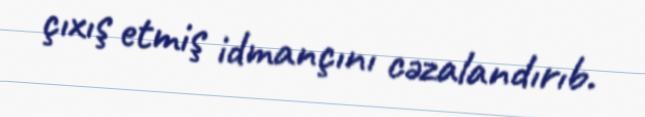
çıxış etmiş idmançını cəzalandırıb.